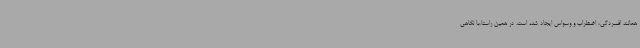
همانند افسردگی، اضطراب و وسواس ایجاد شده است. در همین راستا،با نگاهی